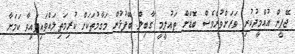
ޖޭޕީން އުއްމީދުކުރި ވަރަށްވުރެވެސް ބޮޑަށް ތައުލީމީ ގާބިލް ބޭފުޅުން މަގާމުތަކަށް ކުރިމަތިލައްވައިފައިވާ ކަމަށާ